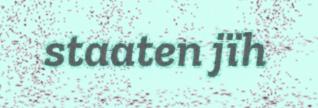
staaten jïh